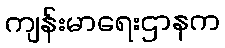
ကျန်းမာရေးဌာနက